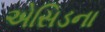
એસિડના